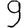
Digit: 9